Vaccine operations Central Provinces 1886-1899 - 1886-1899
Year: 1886
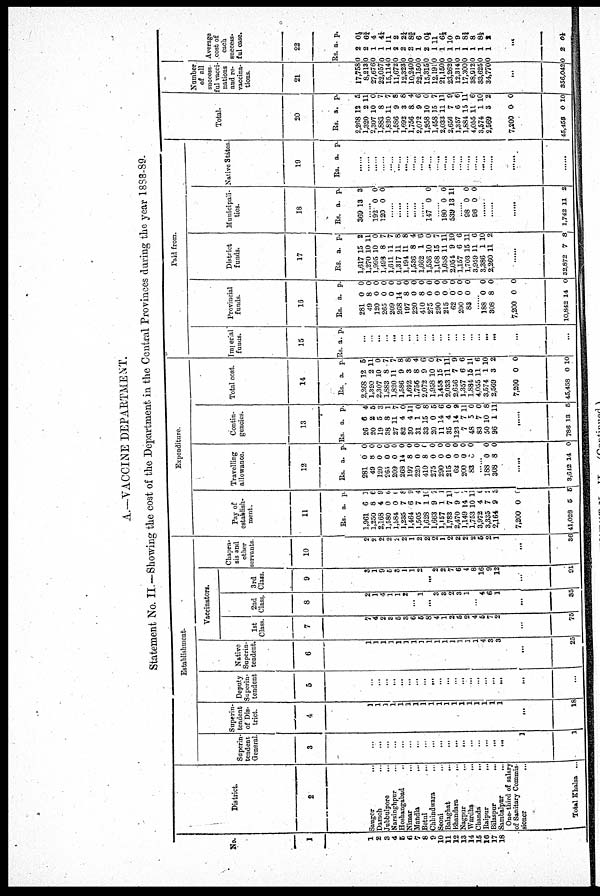
A.—VACCINE DEPARTMENT.
Statement No. II.—Showing the cost of the Department in the Central Provinces during the year 1888-89.
No.
1
1
2
3
4
5
6
7
8
9
10
11
12
13
14
15
16
17
18
District.
2
Saugor
...
Damoh ...
Jubbulpore
...
Narsinghpur ...
Hoshangabad ...
Nimar
...
Mandla ...
Betul ...
Chhindwara ...
Seoni ...
Balaghat
...
Bhandara
...
Nagpur ...
Wardha
...
Chanda
...
Raipur
...
Bilaspur
...
Sambalpur
...
One-third of salary
of Sanitary Commis¬
sioner ...
Total Khalsa ...
Establishment.
Superin-
tendent
General.
3
...
...
...
...
...
...
...
...
...
...
...
...
...
...
...
...
...
...
1
1
Superin¬
tendent
of Dis-
trict.
4
...
...
...
...
...
...
...
...
...
...
...
...
...
...
...
...
...
...
...
18
Deputy
Superin-
tendent
5
...
...
...
...
...
...
...
...
...
...
...
...
...
...
...
...
...
...
...
...
Native
Superin-
tendent
6
1
1
1
1
1
1
1
1
1
1
1
1
1
1
1
4
3
3
...
25
Vaccinators.
1st
Class.
7
7
4
2
3
5
3
6
5
8
4
1
2
5
2
4
5
7
2
...
75
2nd
Class.
8
2
1
4
1
1
2
...
1
...
3
3
2
3
1
...
4
6
1
...
35
3rd
Class.
9
3
1
9
5
3
1
1
2
...
2
2
7
6
4
8
16
9
12
...
91
Chapra¬
sis and
other
servants.
10
2
9
2
2
2
2
1
2
2
2
1
2
2
2
2
5
2
1
...
36
Expenditure.
Pay of
establish-
ment.
11
Rs.
1,961
1,250
2,168
1,580
1,584
1,235
1,464
1,505
1,628
1,663
1,157
1,783
2,470
1,149
1,753
3,972
3,335
2,164
7,200
41,028
a.
6
8
4
0
0
7
6
7
1
9
1
7
9
14
10
4
7
9
0
5
p.
1
6
9
6
0
8
9
4
10
7
1
11
0
7
11
0
2
5
0
5
Travelling
allowance.
12
Rs.
281
49
120
265
209
268
197
220
410
275
290
215
62
200
83
a.
0
8
0
0
0
14
8
0
8
0
0
0
0
0
0
p.
0
0
0
0
0
0
0
0
0
0
0
0
0
0
0
......
188
308
0
8
0
0
......
3,642 14 0
Contin-
gencies.
13
Rs.
26
20
19
38
27
82
30
31
33
20
11
35
123
7
48
83
50
96
a.
6
2
5
8
11
4
4
1
15
0
14
4
14
7
5
7
10
1
p.
4
5
3
1
7
0
11
0
8
5
6
0
9
11
0
0
8
11
......
786 13 5
Total cost.
14
Rs.
2,268
1,320
2,307
1,883
1,820
1,586
1,692
1,756
2,072
1,958
1,458
2,033
2,656
1,357
1,884
4,055
3,574
2,569
7,200
45,458
a.
12
2
10
8
11
9
3
8
9
10
15
11
7
6
15
11
1
3
0
0
p.
5
11
0
7
7
8
8
4
6
0
7
11
9
6
11
6
10
2
0
10
Paid from.
Imperial
funds.
15
Rs. a. p.
...
...
...
...
...
...
...
...
...
...
...
...
...
...
...
...
...
...
...
...
Provincial
funds.
16
Rs.
281
49
120
265
209
268
197
220
410
275
290
215
62
200
83
a.
0
8
0
0
0
14
8
0
8
0
0
0
0
0
0
p.
0
0
0
0
0
0 0
0
0
0
0
0
0
0
0
......
188
308
7,200
10,842
0
8
0
14
0
0
0
0
District
funds.
17
Rs.
1,617
1,270
1,995
1,496
1,611
1,317
1,494
1,536
1,662
1,536
1,168
1,638
2,054
1,157
1,703
3,959
3,386
2,260
a.
15
10
10
8
11
11
11
8
1
10
15
11
9
6
15
11
1
11
p.
2
11
0
7
7
8
8
4
6
0
7
11
10
6
11
6
10
2
......
32,872 7 8
Municipali-
ties.
18
Rs.
369
a.
13
p.
3
......
192
120
0
0
0
0
......
......
......
......
......
147 0 0
.....
180
539
0
13
0
11
......
98
96
0
0
0
0
......
......
......
1,742 11 2
Native States
19
Rs. a. p.
......
......
......
......
......
......
......
......
......
......
......
......
......
......
......
......
......
......
......
......
Total.
20
Rs.
2,268
1,320
2,307
1,883
1,820
1,586
1,692
1,756
2,072
1,958
1,458
2,033
2,656
1,357
1,884
4,055
3,574
2,569
7,200
15,458
a.
12
2
10
8
11
9
3
8
9
10
15
11
7
6
15
11
1
3
0
0
p.
5
11
0
7
7
8
8
4
6
0
7
11
9
6
11
6
10
2
0
10
Number
of all
success¬
ful vacci¬
nations
and re¬
vaccina¬
tions.
21
17,758
8,213
27,676
22,057
15,114
11,672
12,323
10,240
22,150
15,315
12,191
21,150
23,262
12,314
17,300
38,912
33,625
34,770
...
356,042
Average
cost of
each
success¬
ful case.
22
Rs.
0
0
0
0
0
0
0
0
0
0
0
0
0
0
0
0
0
0
a.
2
2
1
1
1
2
2
2
1
2
1
1
1
1
1
1
1
1
p.
0¼
6¾
4
4¼
11
2
2¼
8¾
6
0½
11
6½
10
9
8¾
8
8½
2
...
0 2 0½